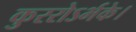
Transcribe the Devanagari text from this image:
कुररोऽर्भके।